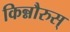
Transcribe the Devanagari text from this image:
किन्नौरुस्